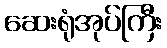
ဆေးရုံအုပ်ကြီး